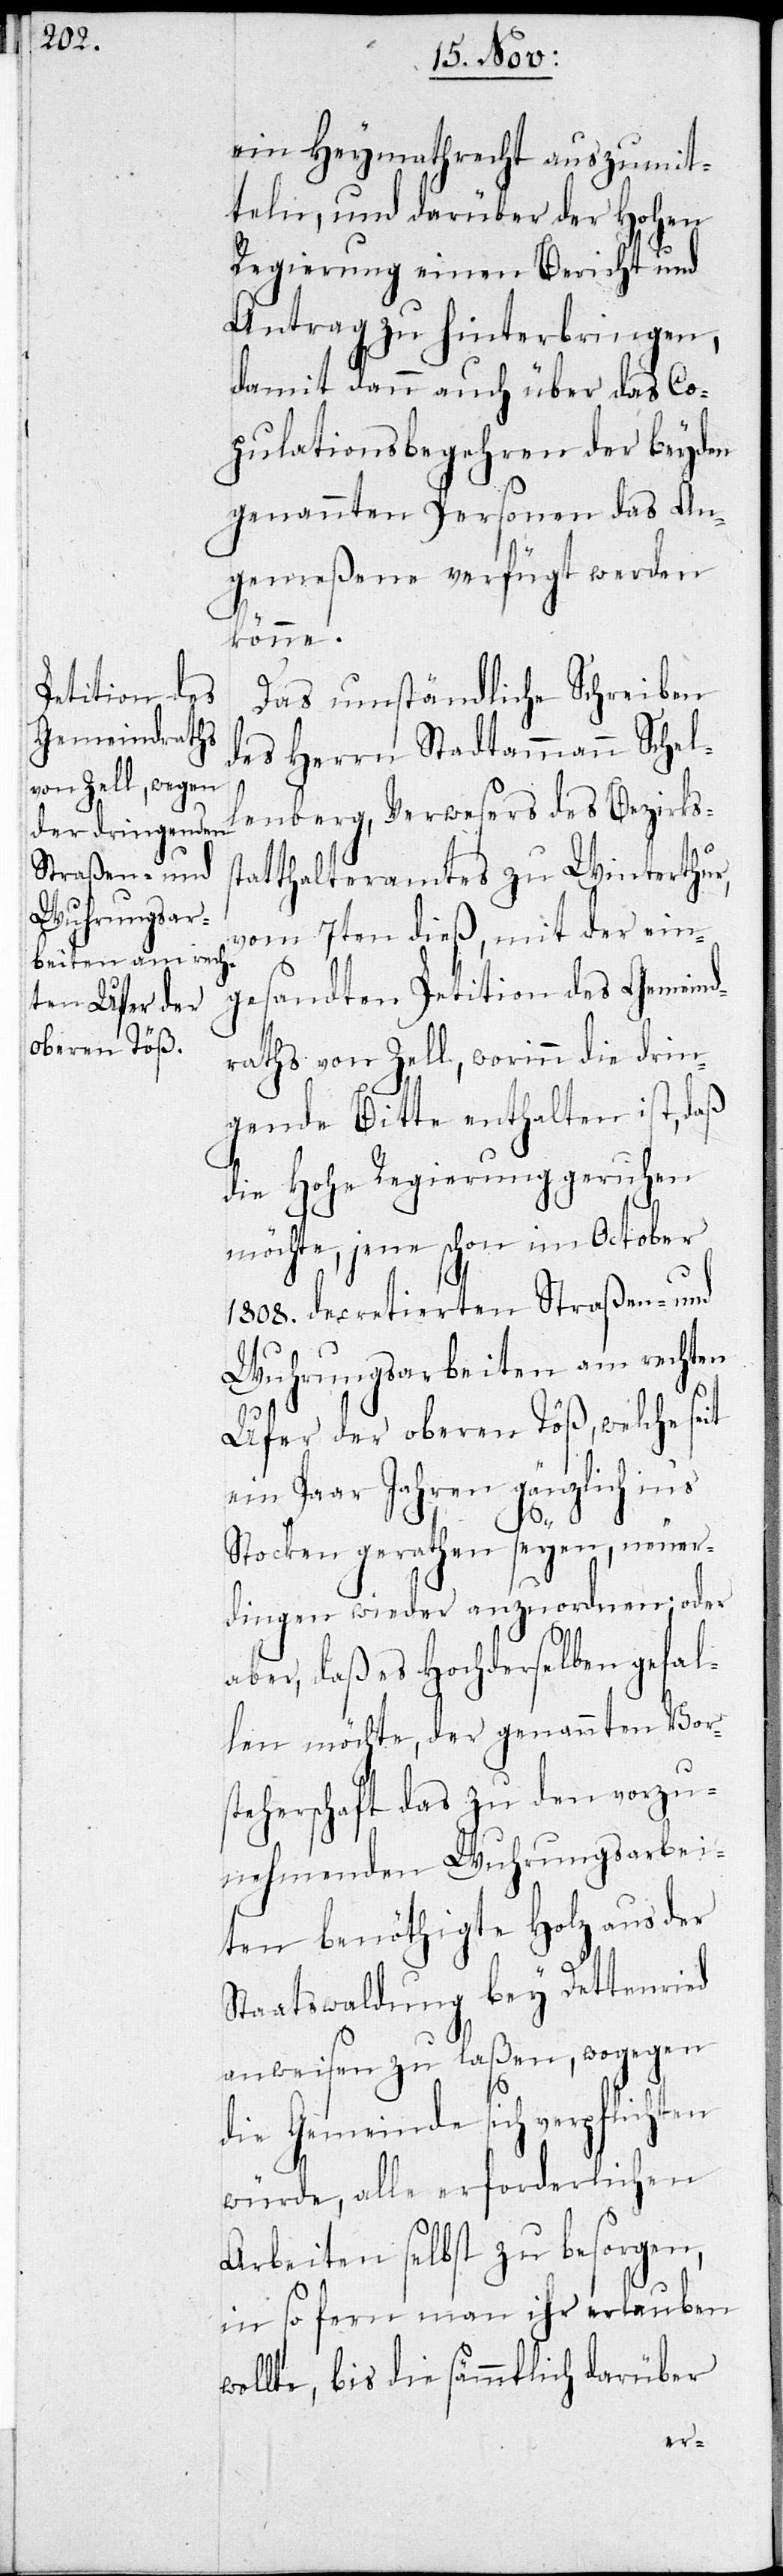
ein Heymathrecht auszumit¬
teln, und darüber der Hohen
Regierung einen Bericht und
Antrag zu hinterbringen,
damit dann auch über das Co¬
pulationsbegehren der beyden
genannten Personen das An¬
gemeßene verfügt werden
könne.
Das umständliche Schreiben
des Herrn Stadtammann Schel¬
lenberg, Verwesers des Bezirkss¬
tatthalteramtes zu Winterthur
vom 7ten dieß, mit der ein¬
gesandten Petition des Gemeind¬
raths von Zell, worinn die drin¬
gende Bitte enthalten ist, daß
die Hohe Regierung geruhen
möchte, jene schon im October
1808. decretierten Straßen- und
Wuhrungsarbeiten am rechten
Ufer der oberen Töß, welche seit
ein Paar Jahren gänzlich in‘s
Stocken gerathen seyen, neuer¬
dingen wieder anzuordnen, oder
aber, daß es Hochderselben gefal¬
len möchte, der genannten Vors¬
teherschaft das zu den vorzu¬
nehmenden Wuhrungsarbei¬
ten benöthigte Holz aus der
Staatswaldung bey Dettenried
anweisen zu laßen, wogegen
die Gemeinde sich verpflichten
würde, alle erforderlichen
Arbeiten selbst zu besorgen,
in so fern man ihr erlauben
wollte, bis die sämmtlich darüber